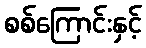
စစ်ကြောင်းနှင့်